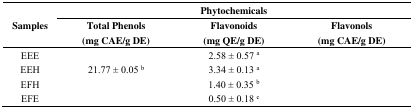
<table><thead><tr><td rowspan="2"><b>Samples</b></td><td colspan="3"><b>Phytochemicals</b></td></tr><tr><td><b>Total Phenols (mg CAE/g DE)</b></td><td><b>Flavonoids (mg QE/g DE)</b></td><td><b>Flavonols (mg CAE/g DE)</b></td></tr></thead><tbody><tr><td>EEE</td><td>[EMPTY_CELL]</td><td>2.58 ± 0.57 <sup>a</sup></td><td>[EMPTY_CELL]</td></tr><tr><td>EEH</td><td>21.77 ± 0.05 <sup>b</sup></td><td>3.34 ± 0.13 <sup>a</sup></td><td>[EMPTY_CELL]</td></tr><tr><td>EFH</td><td>[EMPTY_CELL]</td><td>1.40 ± 0.35 <sup>b</sup></td><td>[EMPTY_CELL]</td></tr><tr><td>EFE</td><td>[EMPTY_CELL]</td><td>0.50 ± 0.18 <sup>c</sup></td><td>[EMPTY_CELL]</td></tr></tbody></table>